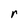
Character: r